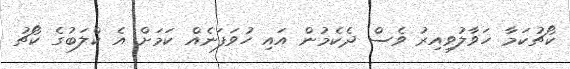
ކޯޗުކަމާ ހަވާލުވިއިރު ވެސް ދެކެމުން އައި ހުވަފަނެއް ކަމަށް އެ ކްލަބުގެ ކޯޗު